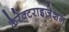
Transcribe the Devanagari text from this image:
कैरेक्टराइज़ेशन